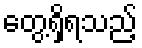
တွေ့ရှိရသည့်